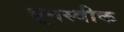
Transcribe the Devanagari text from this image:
ब्रुनस्वीक